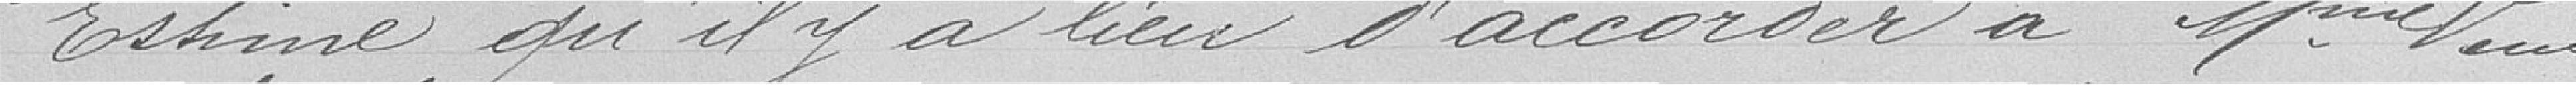
Estime qu'il y a lieu d'accorder à Madame Veuve